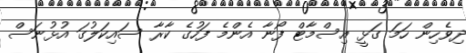
ދިވެހިން ހަމަ ގަޅީ އިސްމާޓް ފޯނާ އެންމެ ފަހުގެ ކާރާ ސައިކަލުގަ އުޅުނަސް